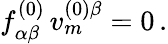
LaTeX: f_{\alpha\beta}^{(0)}\, v_{m}^{(0)\beta}=0\, .